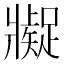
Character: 𱭖